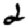
Digit: 2